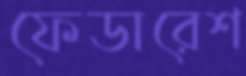
ফেডারেশ